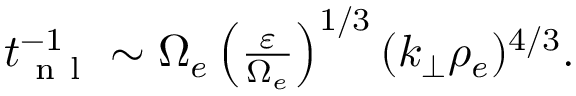
\begin{array} { r } { t _ { \mathrm { ~ n ~ l ~ } } ^ { - 1 } \sim \Omega _ { e } \left( \frac { \varepsilon } { \Omega _ { e } } \right) ^ { 1 / 3 } ( k _ { \perp } \rho _ { e } ) ^ { 4 / 3 } . } \end{array}